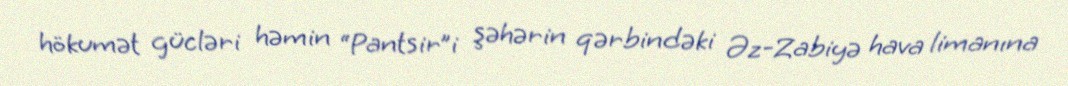
hökumət gücləri həmin “Pantsir”i şəhərin qərbindəki Əz-Zabiyə hava limanına